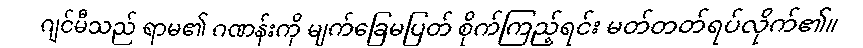
ဂျင်မီသည် ရာမ၏ ဂဏန်းကို မျက်ခြေမပြတ် စိုက်ကြည့်ရင်း မတ်တတ်ရပ်လိုက်၏။